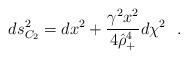
LaTeX: \begin{align*}ds^2_{C_2}=dx^2+{\gamma^2 x^2\over 4 \hat{\rho}_+^4}d\chi^2~~.\end{align*}